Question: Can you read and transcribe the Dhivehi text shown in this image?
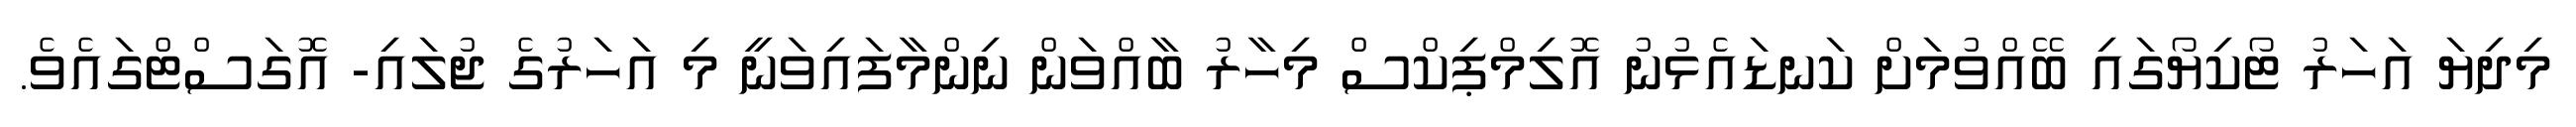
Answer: މިދިޔަ އަހަރު ޓޯކިޔޯގައި ބޭއްވުމަށް ކަނޑައެޅުނު އޮލިމްޕިކްސް މިހާރު ބާއްވަން ނިންމާފައިވަނީ މި އަހަރުގެ ޖުލައި- އޮގަސްޓްގައެވެ.